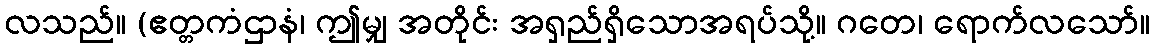
လသည်။ (ဧတ္တကံဌာနံ၊ ဤမျှ အတိုင်း အရှည်ရှိသောအရပ်သို့။ ဂတေ၊ ရောက်လသော်။